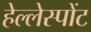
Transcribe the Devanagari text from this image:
हेल्लेस्पोंट